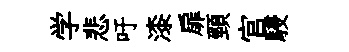
学悲吁漆扉頸官駸